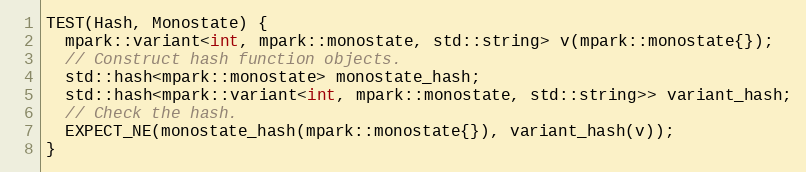
Language: C++
TEST(Hash, Monostate) {
  mpark::variant<int, mpark::monostate, std::string> v(mpark::monostate{});
  // Construct hash function objects.
  std::hash<mpark::monostate> monostate_hash;
  std::hash<mpark::variant<int, mpark::monostate, std::string>> variant_hash;
  // Check the hash.
  EXPECT_NE(monostate_hash(mpark::monostate{}), variant_hash(v));
}